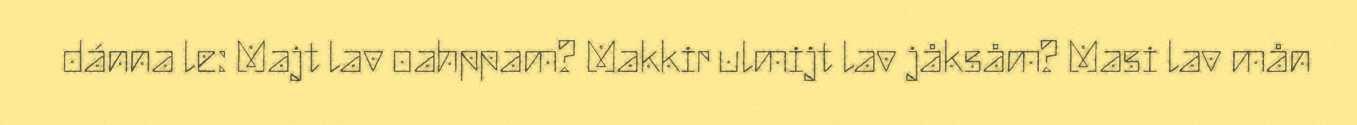
dánna le: Majt lav oahppam? Makkir ulmijt lav jåksåm? Masi lav mån